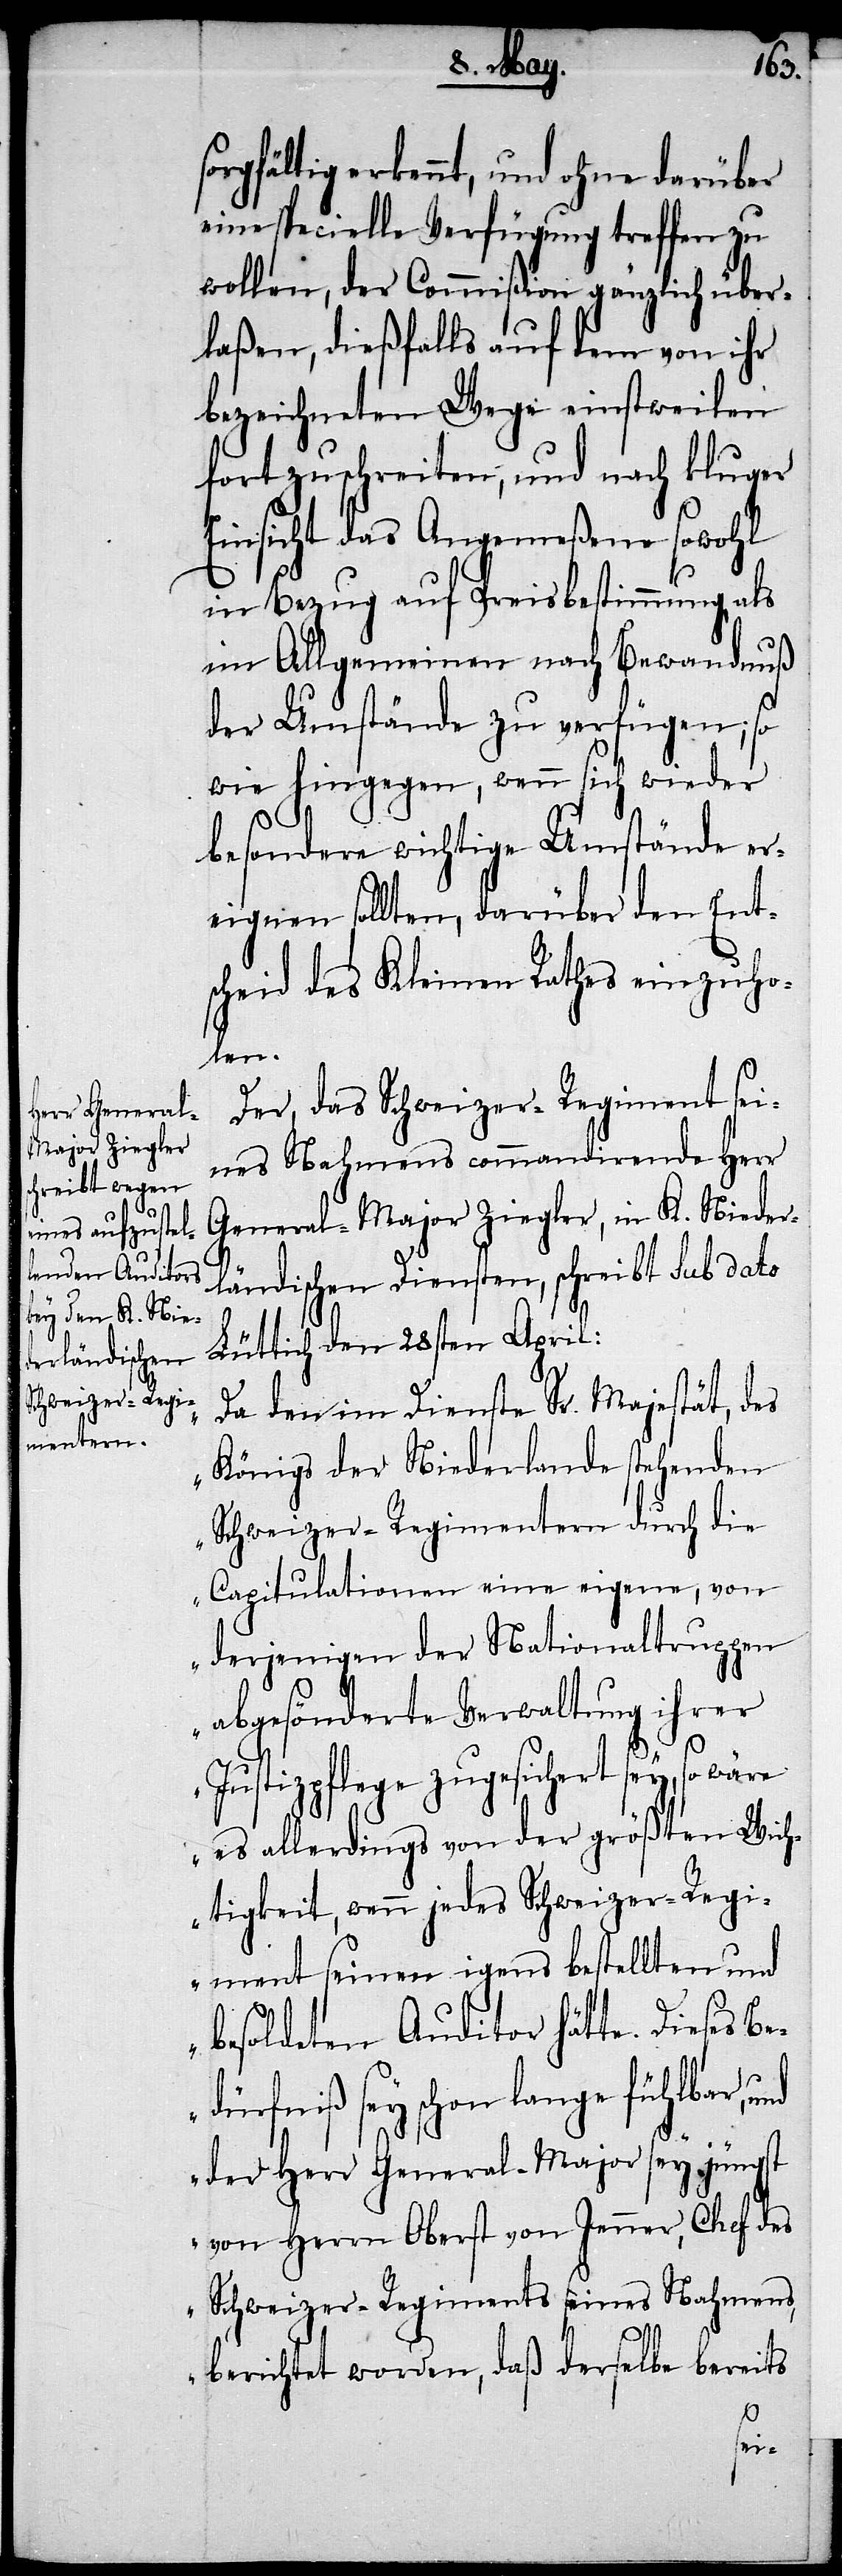
sorgfältig erkennt, und ohne darüber
eine specielle Verfügung treffen zu
wollen, der Commißion gänzlich über¬
laßen, dießfalls auf dem von ihr
bezeichneten Wege einstweilen
fortzuschreiben, und nach kluger
Einsicht das Angemeßene sowohl
in Bezug auf Preisbestimmung als
im Allgemeinen nach Bewandnuß
der Umstände zu verfügen; so
wie hingegen, wenn sich wieder
besondere wichtige Umstände er¬
eignen sollten, darüber den Ent¬
scheid des Kleinen Rathes einzuho¬
len.
Der, das Schweizer-Regiment sei¬
nes Nahmens commandirende Herr
General-Major Ziegler, in K. Nieder¬
ländischen Diensten, schreibt sub dato
Lüttich den 28sten April:
„Da den im Dienste Sr. Majestät, des
Königs der Niederlanden
Capitulationen eine eigene, von
derjenigen der Nationaltruppen
abgesönderte Verwaltung ihrer
Justizpflege zugesichert sey, so
es allerdings von der größten Wich¬
tigkeit, wenn jedes Schweizer-Regi¬
ment seinen [e]igens bestellten und
besoldeten Auditor hätte. Dieses Be¬
dürfniß sey schon lange fühlbar, und
der Herr General-Major sey jüngst
von Herrn Oberst von Jenner, Chef des
Schweizer-Regiments seines Nahmens
berichtet worden, daß derselbe bereits
die